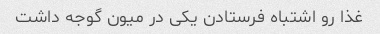
غذا رو اشتباه فرستادن یکی در میون گوجه داشت